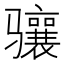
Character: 骧